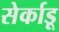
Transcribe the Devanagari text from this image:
सेर्काडू